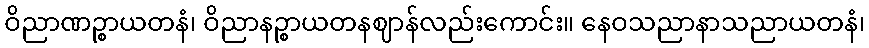
ဝိညာဏဉ္စာယတနံ၊ ဝိညာနဉ္စာယတနဈာန်လည်းကောင်း။ နေဝသညာနာသညာယတနံ၊